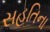
સહતિના